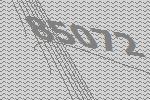
85072